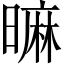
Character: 𣊍